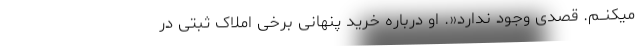
میکنــم. قصدی وجود ندارد«. او درباره خرید پنهانی برخی املاک ثبتی در